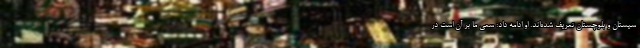
سیستان و بلوچستان تعریف شده‌اند. او ادامه داد: سعی ما بر آن است در